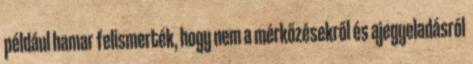
például hamar felismerték, hogy nem a mérkőzésekről és ajegyeladásról